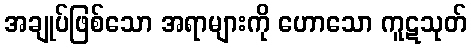
အချုပ်ဖြစ်သော အရာများကို ဟောသော ကူဋသုတ်